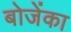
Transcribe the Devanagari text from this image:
बोजेंका